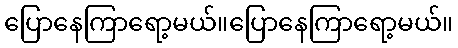
ပြောနေကြာရော့မယ်။ပြောနေကြာရော့မယ်။